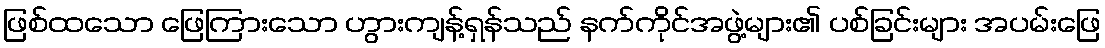
ဖြစ်ထသော ဖြေကြားသော ဟွားကျန့်ရှန်သည် နက်ကိုင်အဖွဲ့များ၏ ပစ်ခြင်းများ အပမ်းဖြေ